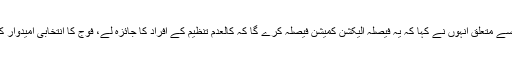
کالعدم تنظیموں کی الیکشن میں شمولیت سے متعلق انہوں نے کہا کہ یہ فیصلہ الیکشن کمیشن فیصلہ کرے گا کہ کالعدم تنظیم کے افراد کا جائزہ لے، فوج کا انتخابی امیدوار کی اہلیت سے متعلق کوئی تعلق نہیں ہے۔